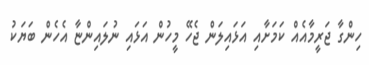
ހިންގާ ޖަރީމާއެއް ކަމަށާއި އަޅައިލަން ޖެހޭ މީހުން އަޅައި ނުލައިންޏާ އެހެން ބަޔަކު